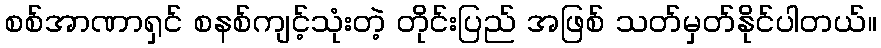
စစ်အာဏာရှင် စနစ်ကျင့်သုံးတဲ့ တိုင်းပြည် အဖြစ် သတ်မှတ်နိုင်ပါတယ်။